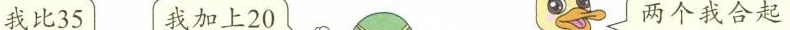
我比35我加上20两个我合起